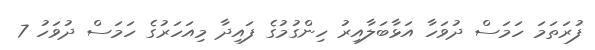
ފުރަތަމަ ހަމަސް ދުވަހާ އަޅާބަލާއިރު ހިންގުމުގެ ފައިދާ މިއަހަރުގެ ހަމަސް ދުވަހު 7